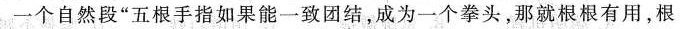
一个自然段“五根手指如果能一致团结，成为一个拳头，那就根根有用，根